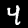
Digit: 4